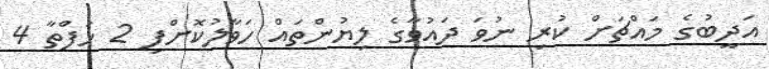
އަދީބުގެ މައްޗަށް ކުރި ނުވަ ދައުވާގެ ލިޔުންތައް ހަވާލުކޮށްފި 2 ހަފްތާ 4